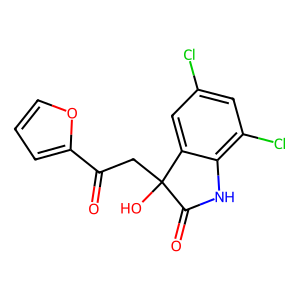
SMILES: O=C(CC1(O)C(=O)Nc2c(Cl)cc(Cl)cc21)c1ccco1
Inhibits HIV replication: No